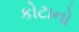
કોટાનો